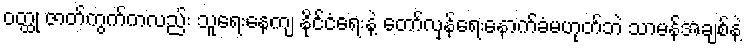
ဝတ္ထု ဇာတ်ကွက်ကလည်း သူရေးနေကျ နိုင်ငံရေးနဲ့ တော်လှန်ရေးနောက်ခံမဟုတ်ဘဲ သာမန်အချစ်နဲ့